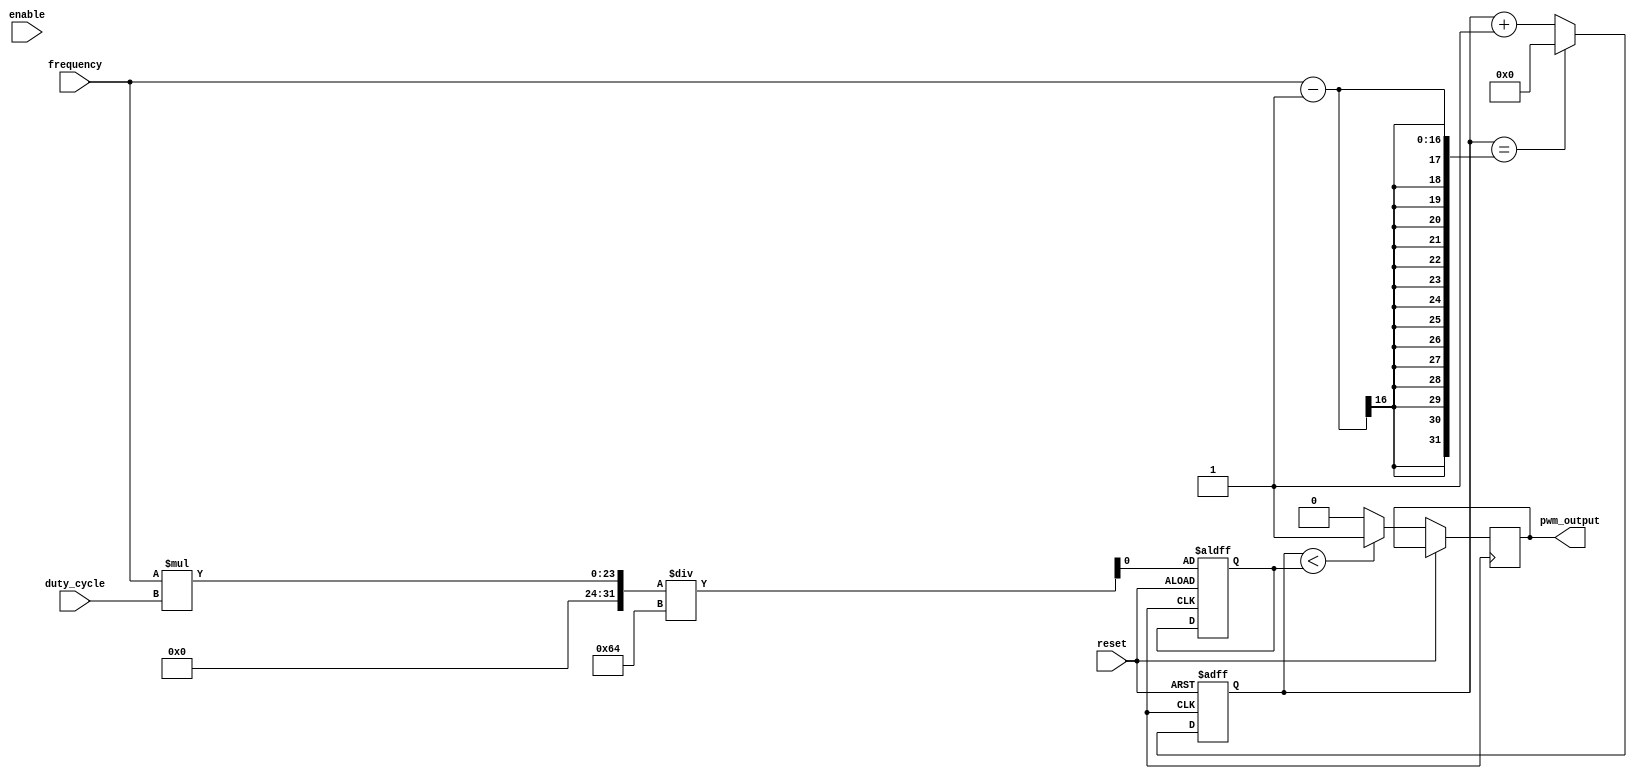
module pwm_generator (
    input wire enable,         // Input to enable or disable the PWM signal
    input wire reset,          // Input to reset the counter value
    input wire [7:0] duty_cycle,    // Input for the duty cycle (0-100%)
    input wire [15:0] frequency,    // Input for the frequency of the PWM signal
    
    output reg pwm_output      // Output PWM signal
);

reg [15:0] counter;
reg threshold;

always @(posedge clk or posedge reset) begin
    if (reset) begin
        counter <= 0;
        threshold <= (frequency * duty_cycle) / 100;
    end
    else begin
        if (counter == (frequency - 1)) begin
            counter <= 0;
        end
        else begin
            counter <= counter + 1;
        end
        
        if (counter < threshold) begin
            pwm_output <= 1;
        end
        else begin
            pwm_output <= 0;
        end
    end
end

endmodule